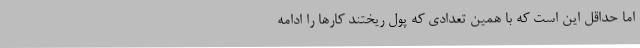
اما حداقل این است که با همین تعدادی که پول ریختند کارها را ادامه